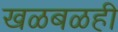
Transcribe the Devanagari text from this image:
खळबळही